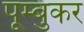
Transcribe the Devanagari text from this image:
पूम्बुकर